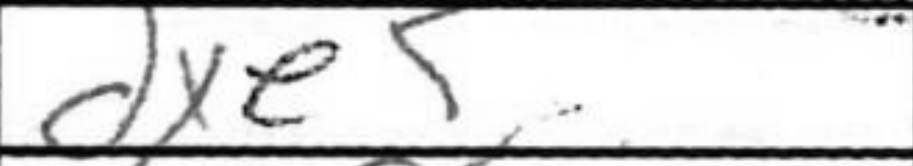
Transcription: dxe5